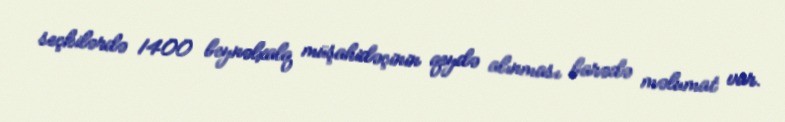
seçkilərdə 1400 beynəlxalq müşahidəçinin qeydə alınması barədə məlumat var.